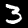
Label: 3